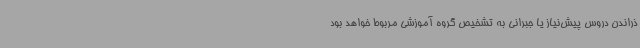
ذراندن دروس پیش‌نیاز یا جبرانی به تشخیص گروه آموزشی مربوط خواهد بود